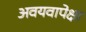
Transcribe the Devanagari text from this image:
अवयवापेक्षा